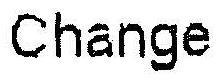
CHANGE